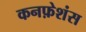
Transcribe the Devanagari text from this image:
कनफ़ेशंस